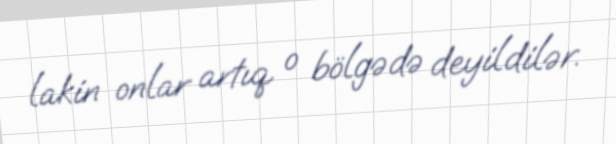
lakin onlar artıq o bölgədə deyildilər.